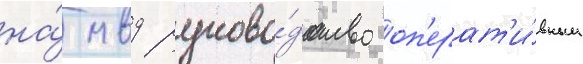
на́ мвд руково́дство оп'ерат'и́вным